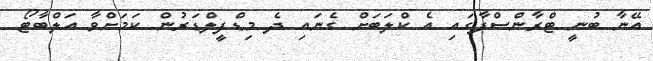
އޭނާ ބުނީ ޓްރާންސްފާގައި އެ ކްލަބަށް ގެނައި ދެ މިޑްފީލްޑަރުން ކަމަށްވާ އަލްބާޓޯ